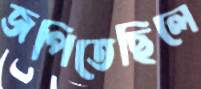
জপিতেছিলে